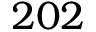
2 0 2